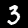
Digit: 3